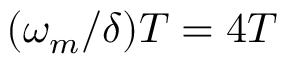
( \omega _ { m } / \delta ) T = 4 T